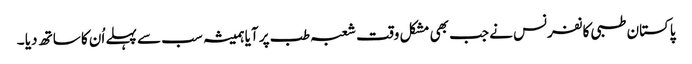
پاکستان طبی کانفرنس نے جب بھی مشکل وقت شعبہ طب پر آیا ہمیشہ سب سے پہلے اُن کا ساتھ دیا ۔